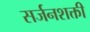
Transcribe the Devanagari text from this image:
सर्जनशक्ती